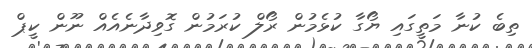
ތިބެ ކުނާ މަތީގައި ޔޯގާ ކުޅެމުން ރޯލް ކުރަމުން ގޮވިދާނެއެއް ނޫން ކީޕް